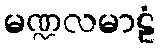
မဏ္ဍလမာဠံ